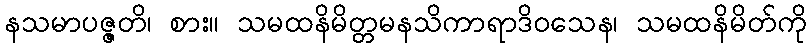
နသမာပဇ္ဇတိ၊ စား။ သမထနိမိတ္တမနသိကာရာဒိဝသေန၊ သမထနိမိတ်ကို